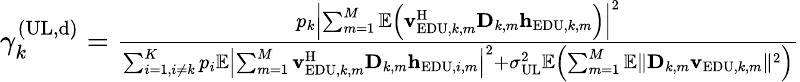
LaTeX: \begin{array}{r}{\gamma_{k}^{(\mathrm{UL},\mathrm{d})}=\frac{{{p}_{k}}{{\left|\sum_{m=1}^{M}{\mathbb{E}\left({\mathbf{v}}_{\mathrm{EDU},k,m}^{\mathrm{H}}{{\mathbf{D}}_{k,m}}{{\mathbf{h}}_{\mathrm{EDU},k,m}}\right)}\right|}^{2}}}{\sum_{i=1,i\ne k}^{K}{{{p}_{i}}}\mathbb{E}{{\left|\sum_{m=1}^{M}{{\mathbf{v}}_{\mathrm{EDU},k,m}^{\mathrm{H}}{{\mathbf{D}}_{k,m}}{{\mathbf{h}}_{\mathrm{EDU},i,m}}}\right|}^{2}}+\sigma_{\mathrm{UL}}^{2}\mathbb{E}\left(\sum_{m=1}^{M}{\mathbb{E}\| {{\mathbf{D}}_{k,m}}{{\mathbf{v}}_{\mathrm{EDU},k,m}}{{\| }^{2}}}\right)}}\end{array}